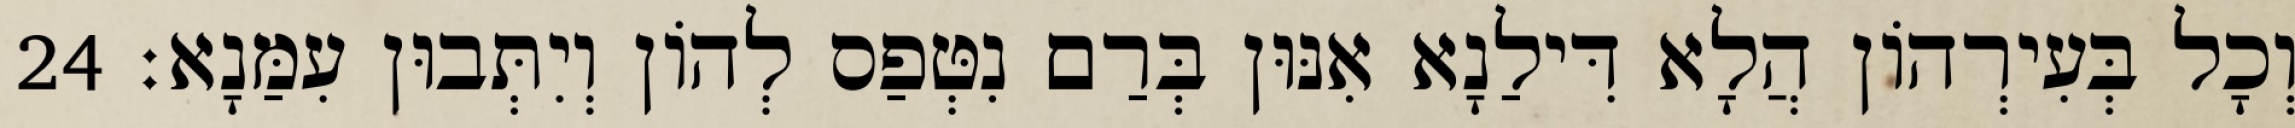
וְכָל בְּעִירְהוֹן הֲלָא דִּילַנָא אִנּוּן בְּרַם נִטְּפַס לְהוֹן וְיִתְּבוּן עִמַּנָא׃ 24